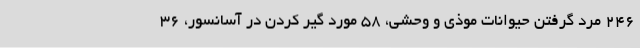
246 مرد گرفتن حیوانات موذی و وحشی، 58 مورد گیر کردن در آسانسور، 36